Annual statistical returns and brief notes on vaccination in Bengal - 1887-1898
Year: 1887
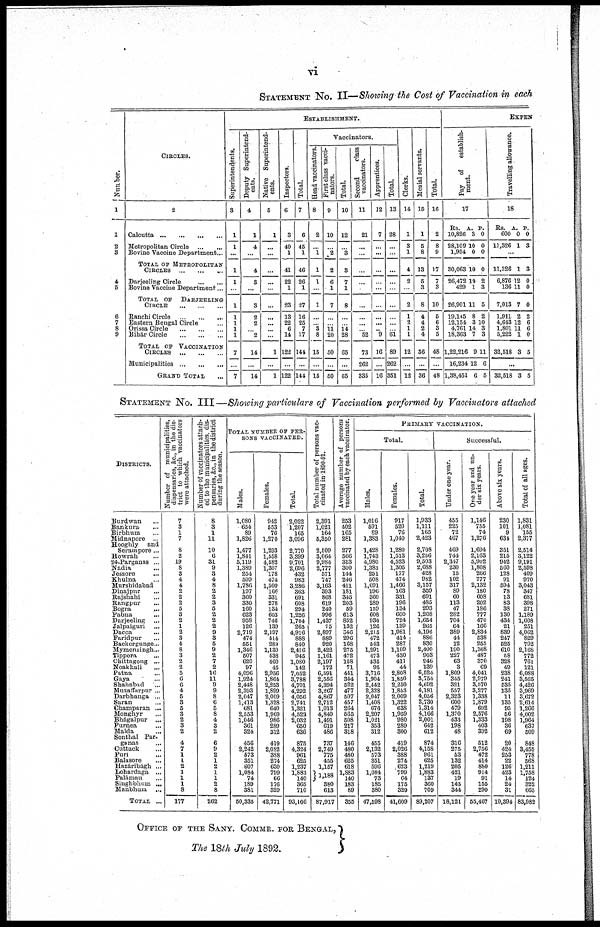
vi
STATEMENT NO. II—Showing the Cost of Vaccination in each
Number.
1
1
2
3
4
5
6
7
8
9
CIRCLES.
2
Calcutta
...
...
...
...
Metropolitan Circle
...
...
Bovine Vaccine Department ...
TOTAL OF METROPOLITAN
CIRCLES
...
...
...
Darjeeling Circle
...
...
Bovine Vaccine Department ...
TOTAL OF
DARJEELING
CIRCLE
...
...
...
Ranchi Circle
...
...
...
Eastern Bengal Circle ...
Orissa Circle
...
...
...
Bihar Circle
...
...
...
TOTAL OF VACCINATION
CIRCLES
...
...
...
Municipalities ... ... ...
GRAND TOTAL ...
ESTABLISHMENT.
Superintendents.
3
1
1
...
1
1
...
1
1
1
1
1
7
...
7
Deputy Superintend-
ents.
4
1
4
...
4
3
...
3
2
2
...
2
14
...
14
Native Superintend-
ents.
5
1
...
...
...
...
...
...
...
...
...
...
1
...
1
Inspectors.
6
3
40
1
41
22
1
23
13
22
6
14
122
...
122
Total.
7
6
45
1
46
26
1
27
16
25
7
17
144
...
144
Vaccinators
Head vaccinators.
8
2
...
1
1
1
...
1
...
...
3
8
15
...
15
First class vacci-
nators.
9
10
...
2
2
6
1
7
...
...
11
20
50
...
50
Total.
10
12
...
3
3
7
1
8
...
...
14
28
65
...
65
Second
class
vaccinators.
11
21
...
...
...
...
...
...
...
...
...
52
73
262
335
Apprentices.
12
7
...
...
...
...
...
...
...
...
...
9
16
...
16
Total.
13
28
...
...
...
...
...
...
...
...
...
61
89
262
351
Clerks.
14
1
3
1
4
2
...
2
1
2
1
1
12
...
12
Menial servants.
15
1
5
8
13
5
3
8
4
4
2
4
36
...
36
Total.
16
2
8
9
17
7
3
10
5
6
3
5
48
...
48
EXPEN
Pay
of
establish-
ment.
17
Rs.
10,826
28,109
1,954
30,063
26,472
429
26,901
19,145
12,154
4,761
18,363
1,22,216
16,234
1,38,451
A.
3
10
0
10
10
1
11
8
3
14
7
9
12
6
P.
0
0
0
0
2
3
5
2
10
3
3
11
6
5
Travelling allowance.
18
Rs.
600
11,326
A.
0
1
P.
0
3
...
11,326
6,876
136
7,013
1,911
4,643
1,801
5,222
32,518
1
12
11
7
2
12
11
1
3
3
0
0
0
2
6
6 0
5
...
32,518 3 5
STATEMENT NO. III—Showing particulars of Vaccination performed by Vaccinators attached
DISTRICTS.
Burdwan ...
Bankura ...
Birbhum ...
Midnapore ...
Hooghly and
Seram pore ...
Howrah ...
24-Parganas ...
Nadia ...
Jessore
...
Khulna ...
Murshidabad
Dinajpur
...
Rajshahi ...
Rangpur ...
Bogra ...
Pabna ...
Darjeeling ...
Jalpaiguri ...
Dacca ...
Faridpur ...
Backergunge...
Mymensingh...
Tippera ...
Chittagong ...
Noakhali ...
Patna ...
Gaya ...
Shahabad ...
Muzaffarpur ...
Darbhanga ...
Suran ...
Champaran ...
Monghyr ...
Bhágalpur ...
Purnea ...
Malda ...
Sonthal Par-
ganas ...
Cuttack ...
Puri ...
Balasore ...
Hazáribágh ...
Lohardaga ...
Palámau ...
Singhbhum ...
Manbhum ...
TOTAL ...
Number of municipalities,
dispensaries, &c, in the dis-
trict to which vaccinators
were attached.
7
3
1
7
8
2
19
8
3
4
4
2
2
2
5
3
2
1
2
3
4
8
3
2
2
5
6
6
4
5
3
5
3
2
3
2
4
7
1
1
2
1
1
1
8
177
Number of vaccinators attach-
ed to the municipalities, dis-
pensaries, &c, in the district
during the season.
8
3
1
11
10
6
31
9
3
4
8
2
2
3
5
2
2
2
9
3
5
9
2
7
2
16
11
9
9
8
6
5
8
4
3
2
6
9
2
1
2
1
1
2
8
262
TOTAL NUMBER OF PER-
SONS VACCINATED.
Males.
1,080
654
89
1,826
1,477
1,841
5,119
1,389
254
509
1,786
197
360
330
160
623
958
126
2,719
474
551
1,346
507
620
97
4,096
1,924
2,448
2,393
2,047
1,413
681
2,553
1,046
361
324
456
2,242
573
351
607
1,084
74
189
381
50,335
Females.
942
553
76
1,270
1,293
1,558
4,582
1,307
178
474
1,500
166
331
278
134
603
746
139
2,197
414
289
1,130
438
460
45
2,956
1,864
2,253
1,899
2,009
1,328
640
1,969
986
289
312
419
2,082
388
274
630
799
66
176
329
42,771
Total.
2,022
1,207
165
3,096
2,770
3,399
9,701
2,696
432
983
3,286
363
691
608
294
1,226
1,704
265
4,916
888
810
2,476
945
1,080
142
7,052
3,788
4,701
4,292
4,056
2,741
1,321
4,522
2,032
650
636
875
4,324
961
625
1,237
1,883
140
365
710
93,106
Total number of persons vac-
cinated in 1890-91.
2,391
1,021
164
5,350
2,509
3,064
9,984
2,777
571
747
3,163
393
868
619
240
996
1,437
75
2,897
889
920
2,422
1,161
2,197
172
6,591
2,556
4,394
3,267
4,867
2,712
1,013
4,840
1,491
619
486
737
2,749
775
455
1,157
1,188
380
613
87,917
Average number of persons
vaccinated by each vaccinator.
253
402
165
281
277
566
313
300
144
246
411
181
345
203
59
613
852
132
546
296
168
275
472
158
71
441
344
522
477
507
457
264
565
508
217
318
146
480
480
625
618
1,883
140
183
89
355
PRIMARY VACCINATION.
Total.
Males.
1,016
591
89
1,383
1,428
1,743
4,980
1,383
251
508
1,691
196
360
289
159
608
930
126
2,215
472
543
1,291
473
535
95
3,716
1,904
2,442
2,328
2,047
1,408
676
2,207
1,021
353
312
455
2,132
573
351
596
1,084
73
185
380
47,598
Females.
917
520
76
1,040
1,280
1,513
4,523
1,305
177
474
1,466
163
331
196
134
600
724
139
1,981
414
287
1,109
430
411
44
2,808
1,850
2,250
1,853
2,009
1,322
638
1,959
980
289
300
419
2,026
388
274
623
799
64
175
329
41,609
Total.
1,933
1,111
165
2,423
2,708
3,256
9,503
2,688
428
982
3,157
359
691
485
293
1,208
1,654
265
4,196
886
830
2,400
903
946
139
6,524
3,754
4,692
4,181
4,056
2,730
1,314
4,166
2,001
642
612
874
4,158
961
625
1,219
1,883
137
360
709
89,207
Successful.
Under one year.
455
225
72
467
469
744
2,347
230
15
102
317
89
60
113
47
282
704
64
389
44
12
190
227
63
3
1,809
345
321
557
2,323
600
479
1,370
433
198
48
316
275
53
132
205
421
19
143
344
18,121
One year and un-
der six years.
1,146
755
74
1,276
1,694
2,163
5,902
1,808
266
777
2,132
180
608
202
186
777
470
166
2,834
538
255
1,368
487
370
69
4,041
2,979
3,570
3,277
1,338
1,879
692
2,576
1,333
403
392
512
2,756
472
414
880
914
91
155
290
55,467
Above six years.
230
101
9
634
351
215
942
560
128
91
594
78
13
83
38
130
434
21
839
247
525
610
58
328
49
238
241
535
135
11
135
95
56
198
36
69
20
424
253
22
126
423
14
24
31
10,394
Total of all ages.
1,831
1,081
155
2,377
2,514
3,122
9,191
2,598
409
970
3,043
347
681
398
271
1,189
1,608
251
4,062
829
792
2,168
772
761
121
6,088
3,565
4,426
3,969
3,672
2,614
1,266
4,002
1,964
637
509
848
3,455
778
568
1,211
1,758
124
322
665
83,982
OFFICE OF THE SANY. COMMR. FOR BENGAL,
The 18th July 1892.